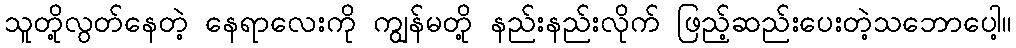
သူတို့လွတ်နေတဲ့ နေရာလေးကို ကျွန်မတို့ နည်းနည်းလိုက် ဖြည့်ဆည်းပေးတဲ့သဘောပေါ့။